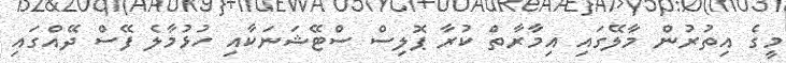
މީގެ އިތުރުން މާލޭގައި އިމާރާތް ކުރާ ޕޮލިސް ސްޓޭޝަނަކާއި ހުޅުމާލެ ފޭސް ދޭއްގައި